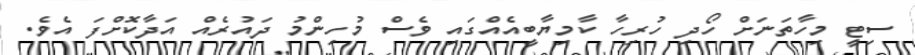
ސިޓީ މިހާތަނަށް ހޯދި ހުރިހާ ކާމިޔާބީއެއްގައި ވެސް މުހިންމު ދައުރެއް އަދާކޮށްފަ އެވެ.